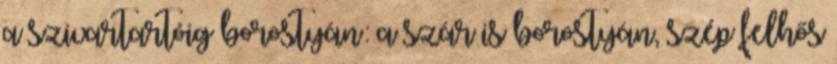
a szivartartóig borostyán: a szár is borostyán, szép felhős